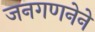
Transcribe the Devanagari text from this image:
जनगणनेने